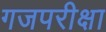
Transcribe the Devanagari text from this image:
गजपरीक्षा